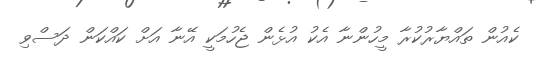
ކެއުން ތައްޔާރުކުރާ މީހުންނާ އެކު އުޅެން ޖެހުމަކީ އޭނާ އަށް ކައްކަން ދަސްވި